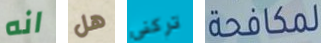
انه هل تركني لمكافحة